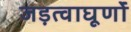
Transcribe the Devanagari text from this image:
जड़त्वाघूर्णों